Lunatic asylums Burma 1922-24 - 1922-1924
Year: 1922
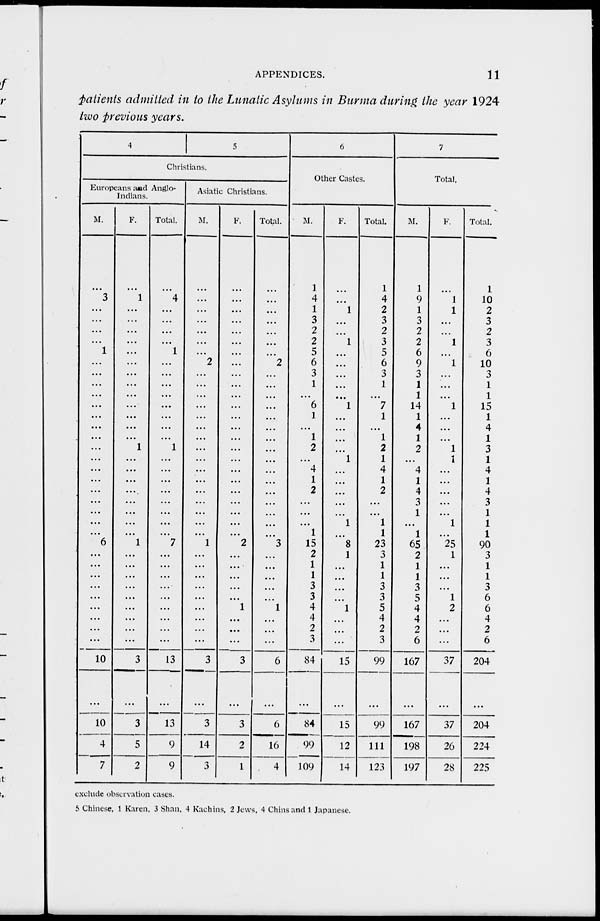
APPENDICES.
11
patients admitted in to the Lunatic Asylums in Burma during the year 1924
two previous years.
4
5
Christians.
Europeans and Anglo-
Indians.
M.
...
3
...
...
...
...
1
...
...
...
...
...
...
...
...
...
...
...
...
...
...
...
...
...
6
...
...
...
...
...
...
...
...
...
10
...
10
4
7
F.
...
1
...
...
...
...
...
...
...
...
...
...
...
...
...
1
...
...
...
...
...
...
...
...
1
...
...
...
...
...
...
...
...
...
3
...
3
5
2
Total.
...
4
...
...
...
...
1
...
...
...
...
...
...
...
...
1
...
...
...
...
...
...
...
...
7
...
...
...
...
...
...
...
...
...
13
...
13
9
9
Asiatic Christians.
M.
...
...
...
...
...
...
...
2
...
...
...
...
...
...
...
...
...
...
...
...
...
...
...
...
1
...
...
...
...
...
...
...
...
...
3
...
3
14
3
F.
...
...
...
...
...
...
...
...
...
...
...
...
...
...
...
...
...
...
...
...
...
...
...
...
2
...
...
...
...
...
1
...
...
...
3
...
3
2
1
Total.
...
...
...
...
...
...
...
2
...
...
...
...
...
...
...
...
...
...
...
...
...
...
...
...
3
...
...
...
...
...
1
...
...
...
6
...
6
16
4
6
Other Castes.
M.
1
4
1
3
2
2
5
6
3
1
...
6
1
...
1
2
...
4
1
2
...
...
...
1
15
2
1
1
3
3
4
4
2
3
84
...
84
99
109
F.
...
...
1
...
...
1
...
...
...
...
...
1
...
...
...
...
1
...
...
...
...
...
1
...
8
1
...
...
...
...
1
...
...
...
15
...
15
12
14
Total.
1
4
2
3
2
3
5
6
3
1
...
7
1
...
1
2
1
4
1
2
...
...
1
1
23
3
1
1
3
3
5
4
2
3
99
...
99
111
123
7
Total.
M.
1
9
1
3
2
2
6
9
3
1
1
14
1
4
1
2
...
4
1
4
3
1
...
1
65
2
1
1
3
5
4
4
2
6
167
...
167
198
197
F.
...
1
1
...
...
1
...
1
...
...
...
1
...
...
...
1
1
...
...
...
...
...
1
...
25
1
...
...
...
1
2
...
...
...
37
...
37
26
28
Total.
1
10
2
3
2
3
6
10
3
1
1
15
1
4
1
3
1
4
1
4
3
1
1
1
90
3
1
1
3
6
6
4
2
6
204
...
204
224
225
exclude observation cases.
5 Chinese, 1 Karen, 3 Shan, 4 Kachins, 2 Jews, 4 Chins and 1 Japanese.